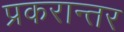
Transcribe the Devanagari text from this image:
प्रकरान्तर